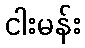
ငါးမန်း